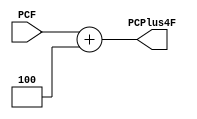
module PCPlus4_adder(input[31:0]PCF,output[31:0]PCPlus4F);
    assign PCPlus4F = PCF + 32'd4;
endmodule